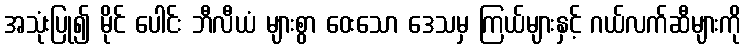
အသုံးပြု၍ မိုင် ပေါင်း ဘီလီယံ များစွာ ဝေးသော ဒေသမှ ကြယ်များနှင့် ဂယ်လက်ဆီများကို